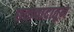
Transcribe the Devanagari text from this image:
छळवादातून